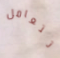
تتعامل